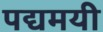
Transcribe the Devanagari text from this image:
पद्यमयी